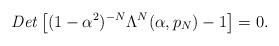
\begin{align*}{\it Det} \left[ (1-\alpha^2)^{-N}\Lambda^N(\alpha,p_N)-1 \right]=0.\end{align*}